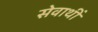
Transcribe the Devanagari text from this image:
सेवाथीं